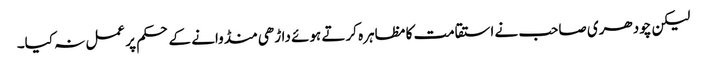
لیکن چودھری صاحب نے استقامت کا مظاہرہ کرتے ہوئے داڑھی منڈوانے کے حکم پر عمل نہ کیا۔